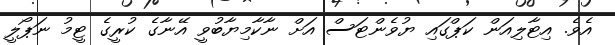
އެވެ. އިޓާލިއަން ކަޕްގައި ޔުވެންޓަސް އަށް ނާކާމިޔާބުވީ އޭނާގެ ކުރީގެ ޓީމު ނަޕޯލީ